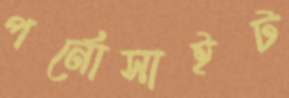
পর্নোসাইট